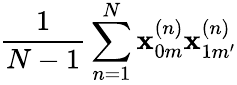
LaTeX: \frac{1}{N-1}\sum_{n=1}^{N}\mathbf{x}_{0m}^{(n)}\mathbf{x}_{1m^{\prime}}^{(n)}